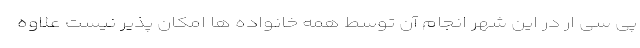
پی سی ار در این شهر انجام آن توسط همه خانواده ها امکان پذیر نیست علاوه